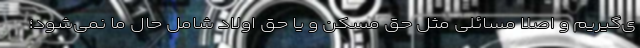
ی‌گیریم و اصلاً مسائلی مثل حق مسکن و یا حق اولاد شامل حال ما نمی‌شود؛